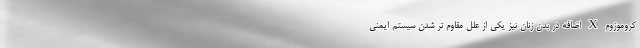
کروموزوم X اضافه در بدن زنان نیز یکی از علل مقاوم تر شدن سیستم ایمنی